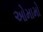
ઓમામો